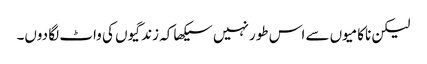
لیکن ناکامیوں سے اس طور نہیں سیکھا کہ زندگیوں کی واٹ لگا دوں۔